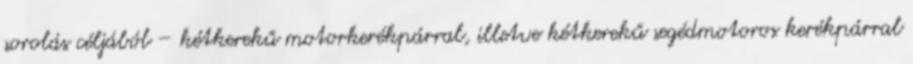
sorolás céljából – kétkerekű motorkerékpárral, illetve kétkerekű segédmotoros kerékpárral